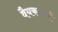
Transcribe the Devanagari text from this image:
वैयकरणों